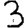
Digit: 3